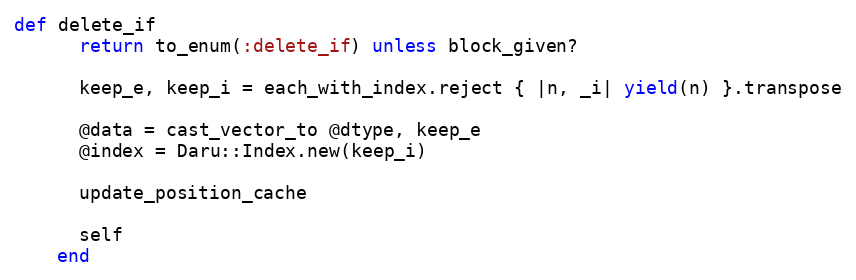
Language: Ruby
def delete_if
      return to_enum(:delete_if) unless block_given?

      keep_e, keep_i = each_with_index.reject { |n, _i| yield(n) }.transpose

      @data = cast_vector_to @dtype, keep_e
      @index = Daru::Index.new(keep_i)

      update_position_cache

      self
    end